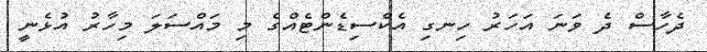
ދެހާސް ދެ ވަނަ އަހަރު ހިނގި އެކްސިޑެންޓެއްގެ މި މައްސަލަ މިހާރު އުޅެނީ